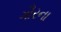
ગૌરના